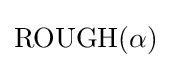
{\text{ROUGH}}(\alpha )